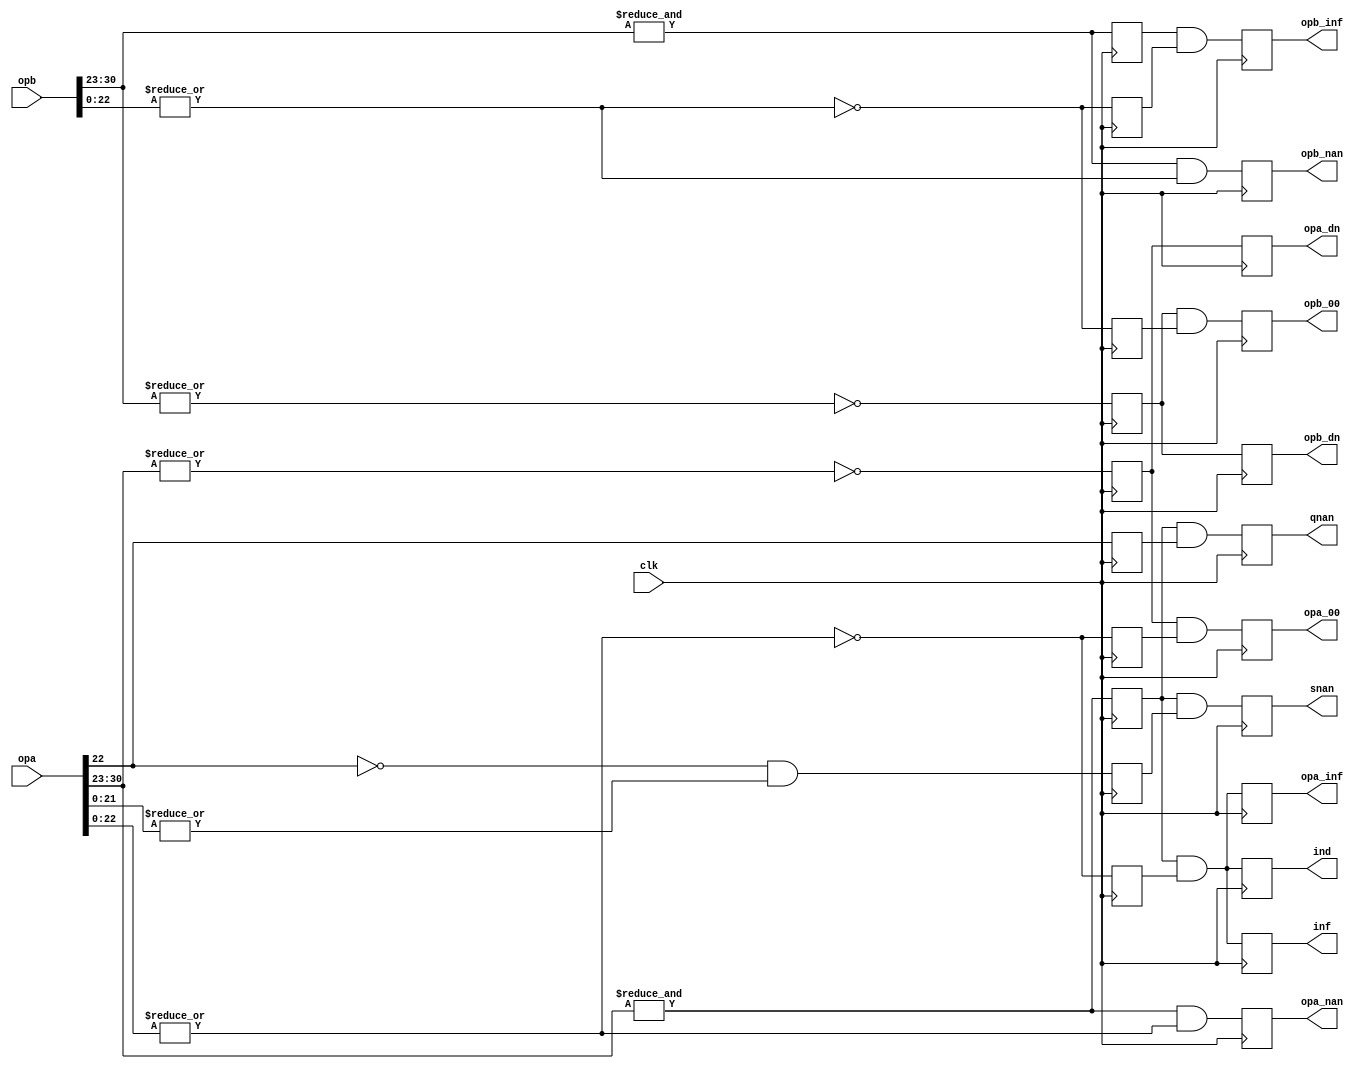
/////////////////////////////////////////////////////////////////////
////                                                             ////
////  or1200_fpu_intfloat_conv_except                            ////
////                                                             ////
////          rudi@asics.ws                                      ////
////                                                             ////
//// Modified by Julius Baxter, July, 2010                       ////
////             julius.baxter@orsoc.se                          ////
////                                                             ////
////                                                             ////
/////////////////////////////////////////////////////////////////////
////                                                             ////
//// Copyright (C) 2000 Rudolf Usselmann                         ////
////                    rudi@asics.ws                            ////
////                                                             ////
//// This source file may be used and distributed without        ////
//// restriction provided that this copyright statement is not   ////
//// removed from the file and that any derivative work contains ////
//// the original copyright notice and the associated disclaimer.////
////                                                             ////
////     THIS SOFTWARE IS PROVIDED ``AS IS'' AND WITHOUT ANY     ////
//// EXPRESS OR IMPLIED WARRANTIES, INCLUDING, BUT NOT LIMITED   ////
//// TO, THE IMPLIED WARRANTIES OF MERCHANTABILITY AND FITNESS   ////
//// FOR A PARTICULAR PURPOSE. IN NO EVENT SHALL THE AUTHOR      ////
//// OR CONTRIBUTORS BE LIABLE FOR ANY DIRECT, INDIRECT,         ////
//// INCIDENTAL, SPECIAL, EXEMPLARY, OR CONSEQUENTIAL DAMAGES    ////
//// (INCLUDING, BUT NOT LIMITED TO, PROCUREMENT OF SUBSTITUTE   ////
//// GOODS OR SERVICES; LOSS OF USE, DATA, OR PROFITS; OR        ////
//// BUSINESS INTERRUPTION) HOWEVER CAUSED AND ON ANY THEORY OF  ////
//// LIABILITY, WHETHER IN  CONTRACT, STRICT LIABILITY, OR TORT  ////
//// (INCLUDING NEGLIGENCE OR OTHERWISE) ARISING IN ANY WAY OUT  ////
//// OF THE USE OF THIS SOFTWARE, EVEN IF ADVISED OF THE         ////
//// POSSIBILITY OF SUCH DAMAGE.                                 ////
////                                                             ////
/////////////////////////////////////////////////////////////////////

`timescale 1ns / 100ps

module or1200_fpu_intfloat_conv_except
  (	
	clk, opa, opb, inf, ind, qnan, snan, opa_nan, opb_nan,
	opa_00, opb_00, opa_inf, opb_inf, opa_dn, opb_dn
	);
   input		clk;
   input [31:0] 	opa, opb;
   output		inf, ind, qnan, snan, opa_nan, opb_nan;
   output		opa_00, opb_00;
   output		opa_inf, opb_inf;
   output		opa_dn;
   output		opb_dn;

   ////////////////////////////////////////////////////////////////////////
   //
   // Local Wires and registers
   //

   wire [7:0] 		expa, expb;		// alias to opX exponent
   wire [22:0] 		fracta, fractb;		// alias to opX fraction
   reg 			expa_ff, infa_f_r, qnan_r_a, snan_r_a;
   reg 			expb_ff, infb_f_r, qnan_r_b, snan_r_b;
   reg 			inf, ind, qnan, snan;	// Output registers
   reg 			opa_nan, opb_nan;
   reg 			expa_00, expb_00, fracta_00, fractb_00;
   reg 			opa_00, opb_00;
   reg 			opa_inf, opb_inf;
   reg 			opa_dn, opb_dn;

   ////////////////////////////////////////////////////////////////////////
   //
   // Aliases
   //

   assign   expa = opa[30:23];
   assign   expb = opb[30:23];
   assign fracta = opa[22:0];
   assign fractb = opb[22:0];

   ////////////////////////////////////////////////////////////////////////
   //
   // Determine if any of the input operators is a INF or NAN or any other 
   // special number
   //

   always @(posedge clk)
     expa_ff <=  &expa;

   always @(posedge clk)
     expb_ff <=  &expb;
   
   always @(posedge clk)
     infa_f_r <=  !(|fracta);

   always @(posedge clk)
     infb_f_r <=  !(|fractb);

   always @(posedge clk)
     qnan_r_a <=   fracta[22];

   always @(posedge clk)
     snan_r_a <=  !fracta[22] & |fracta[21:0];
   
   always @(posedge clk)
     qnan_r_b <=   fractb[22];

   always @(posedge clk)
     snan_r_b <=  !fractb[22]; // & |fractb[21:0];

   always @(posedge clk)
     ind  <=  (expa_ff & infa_f_r); // & (expb_ff & infb_f_r);

   always @(posedge clk)
     inf  <=  (expa_ff & infa_f_r); // | (expb_ff & infb_f_r);

   always @(posedge clk)
     qnan <=  (expa_ff & qnan_r_a); // | (expb_ff & qnan_r_b);

   always @(posedge clk)
     snan <=  (expa_ff & snan_r_a); // | (expb_ff & snan_r_b);

   always @(posedge clk)
     opa_nan <=  &expa & (|fracta[22:0]);

   always @(posedge clk)
     opb_nan <=  &expb & (|fractb[22:0]);

   always @(posedge clk)
     opa_inf <=  (expa_ff & infa_f_r);

   always @(posedge clk)
     opb_inf <=  (expb_ff & infb_f_r);

   always @(posedge clk)
     expa_00 <=  !(|expa);

   always @(posedge clk)
     expb_00 <=  !(|expb);

   always @(posedge clk)
     fracta_00 <=  !(|fracta);

   always @(posedge clk)
     fractb_00 <=  !(|fractb);

   always @(posedge clk)
     opa_00 <=  expa_00 & fracta_00;

   always @(posedge clk)
     opb_00 <=  expb_00 & fractb_00;

   always @(posedge clk)
     opa_dn <=  expa_00;

   always @(posedge clk)
     opb_dn <=  expb_00;

endmodule // or1200_fpu_intfloat_conv_except